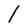
Character: I